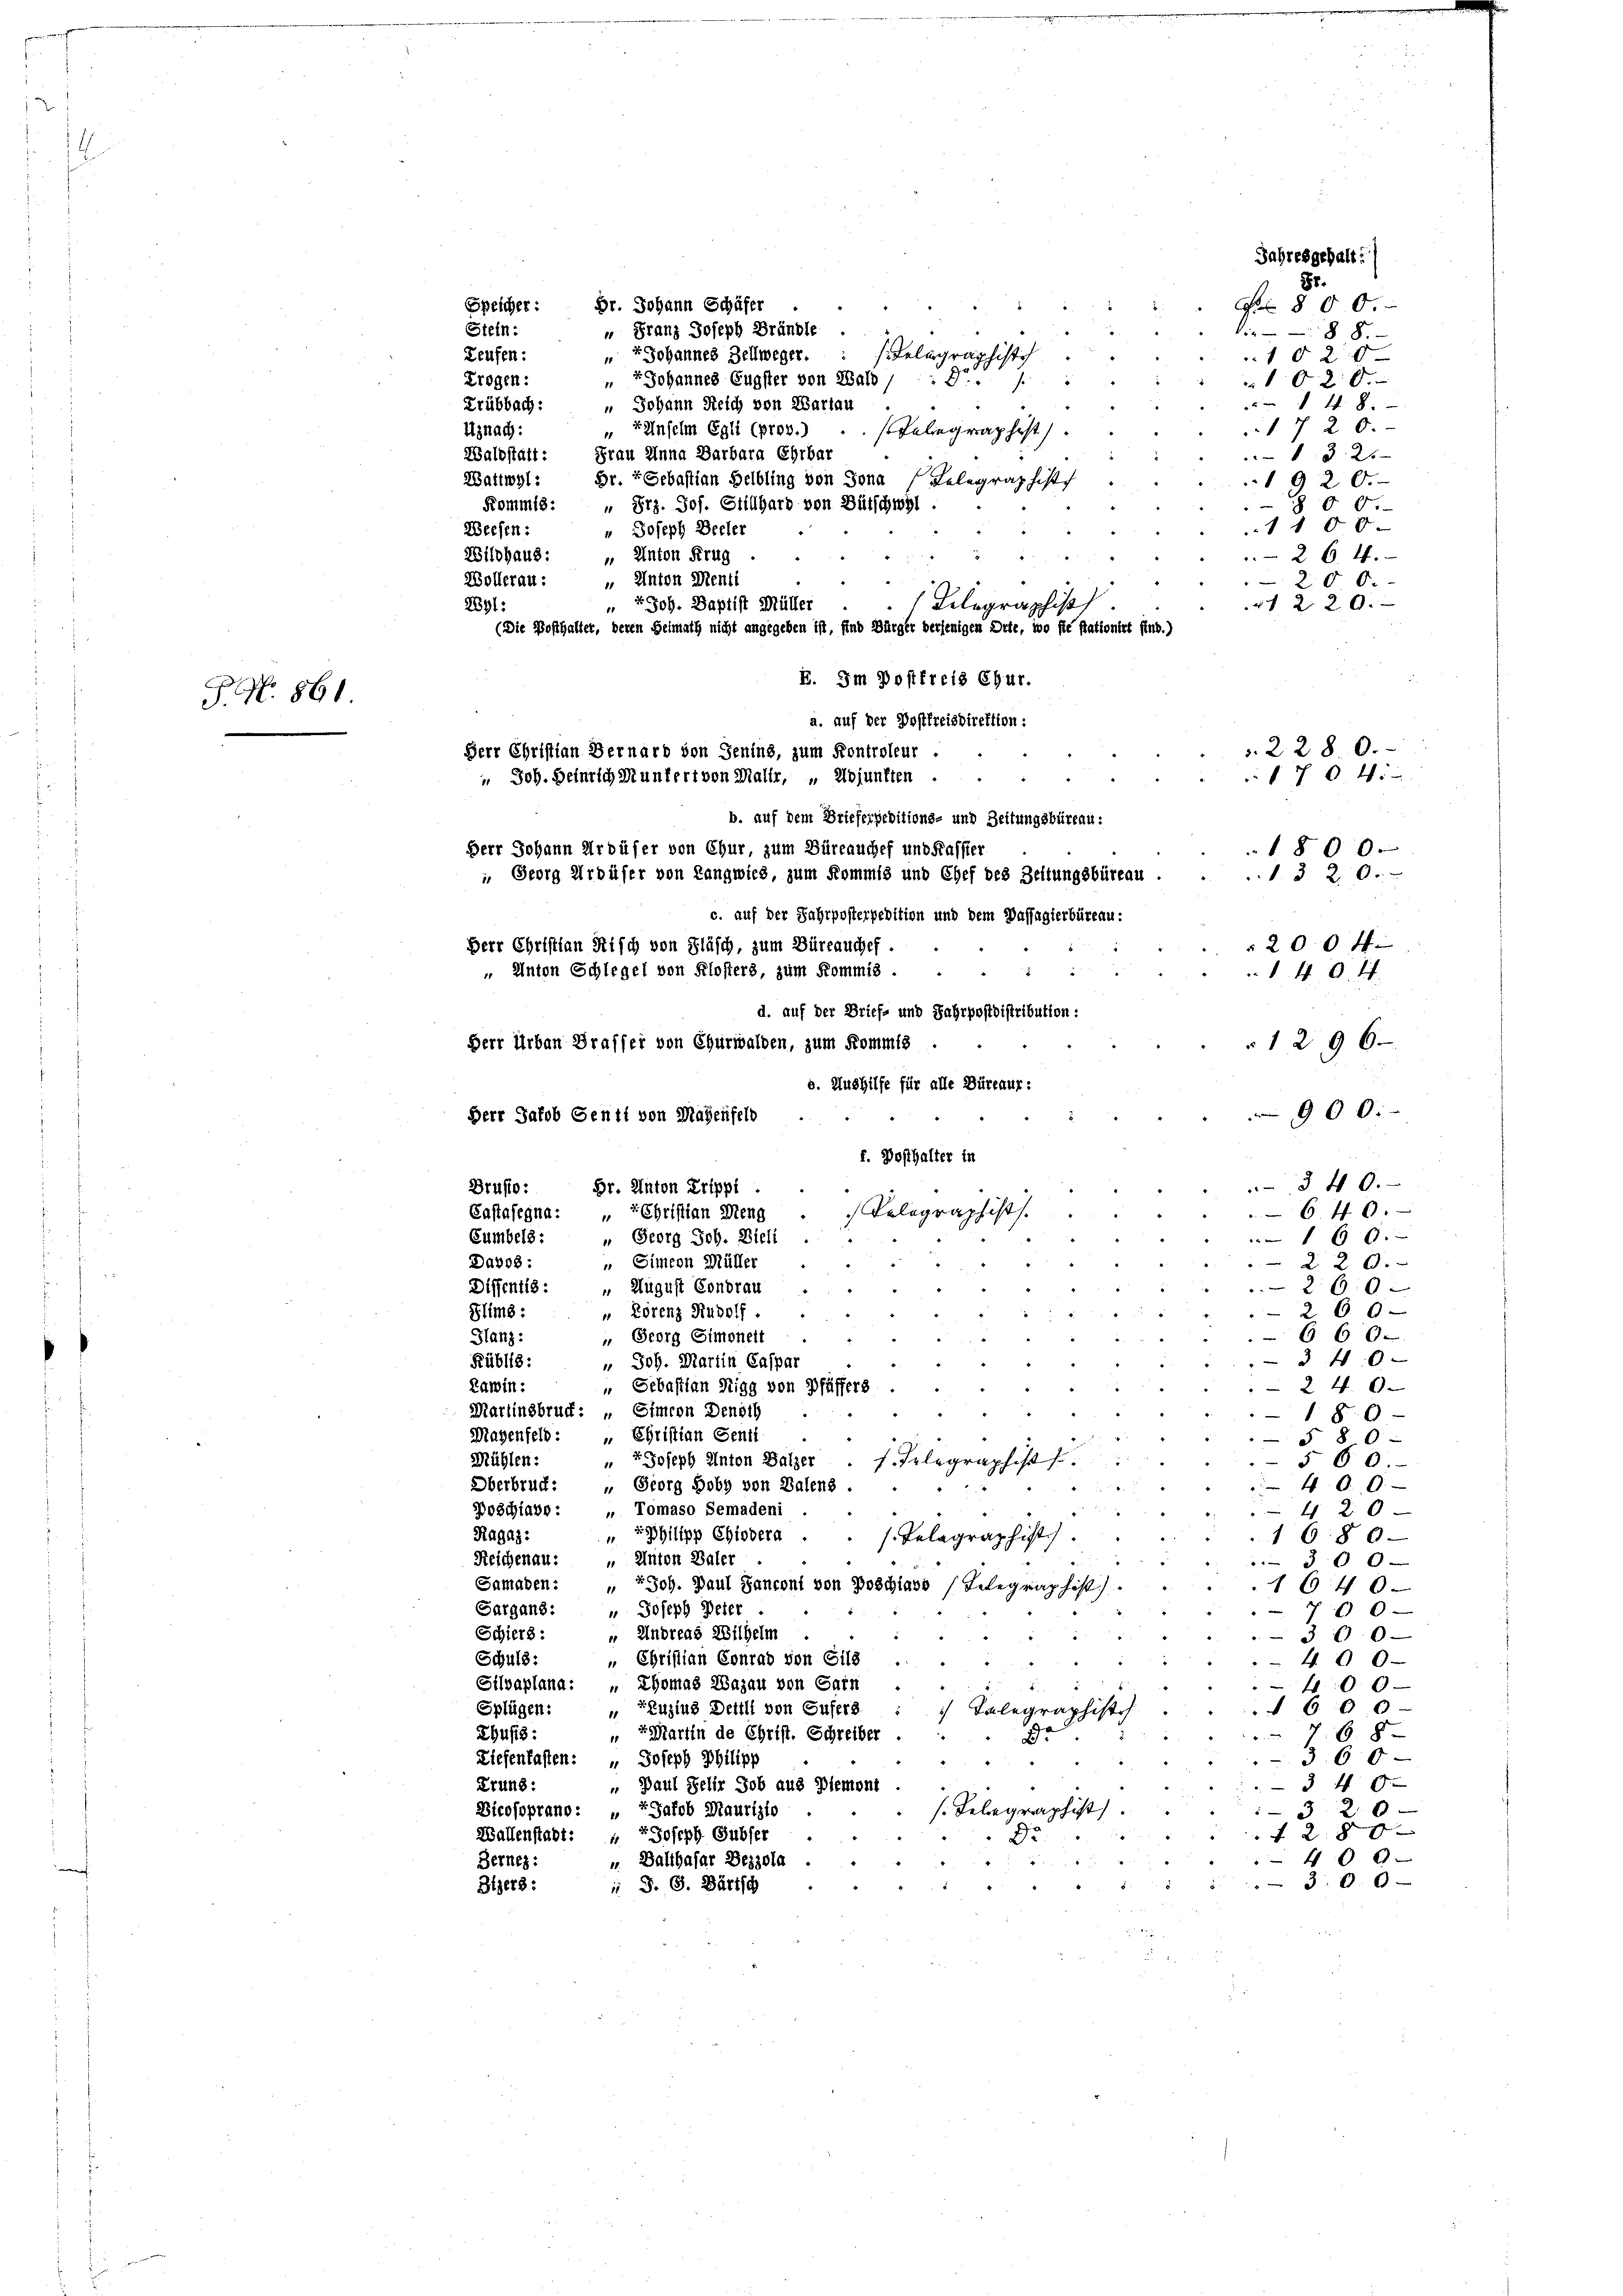
1

S. Nr. 861.

Speicher: Dr. Johann Schäfer
Stein: " Franz Joseph Brändle
88.
seligra
Zeufen: " Johannes Zellweger.
10 2 x
Schiftz
Trogen: " Johannes Eugster von Bald /: 4.
1020.
 48.
Frübbach: Johann Reich von Wartau
1720.
" Einsein Egli prov.) Telegraphist
Uznach:
Waldstätt: Frau Anna Barbara Ehrbar
32
Marmel: Dr. Sebastian Helbling von Jona (Relegraphist
1920.
Kommis: " Frz. Jos. Stillhard von Bütschwyl .
800.
1100.
Weesen: " Joseph Beeler
Wildhaus: " Anton Frag
264.
Wollerau: " Anton Menti
200.
2891:
41220.
1296
900.
Herr Jakob Senti von Magenfeld
340.
Brusio:
Br. Anton Trippi.
Relegraphist.
640.
Castafegna: „ Christian Meng
160.
Cumbels: „ Georg Joh. Bieli
Davos :
„ Simeon Müller
220.
Diffentis: „August Condrau
260
260—
Flims:
" Lorenz Rudolf
660.
 Georg Simonett
Hlanz:
3 40
Fübl18:
 Joh. Martin Caspar
Lawin:
" Sebastian Sigg von Pfäffers
240
Martinsbruck: „ Simeon Denoth
180
Magenfeld: „ Christian Senti
§ 80
Mühlen:
" " Joseph Anton Balzer
f. J.
560.
Oberbruch: „ Georg Hoby von Balens
40. 9
Poschiavo : „ Tomaso Semadeni
420
Ragaz:
PPhilipp Chiovera
1680
1.8.
Reichenau: „Anton Baler
360
Samaden: " Joh. Paul Sanconi von Boschiass
1640
Gargans: " Joseph Peter
0
Schiers:
Undreas Wilhelm
360
Schuld:
„ Christian Conrad von Gils
400
Silvaplana: „ Thomas Wazau von Sarn
466
6 0 0
Splügen: „Zzuzius Dettli von Gufers
Chusis:
""Martin de Christ. Schreiber
68
360
Liefenfassen: " Joseph Philipp
3 40
Krung:
 Paul Felir Job aus Diemont
Bicosoprano: Jakob Maurizio
3 20
1280
Wallenstadt: Joseph Gubser
400
Bernes:
 Balthasar Deszola
30.0
Biers:
 J. G. Bärisch

7Job. Daptist Müller
Telegraphis
(Die Posthalter, deren Heimath nicht angegeben ist, sind Bürger derjenigen Orte, wo sie stationirt sind.)
E. Im Postfreis Chur.
a. auf der Postfreisdirektion:
Herr Christian Bernarb von Jenins, zum Kontroleur.
 Joh. Heinrich muntert von Malle, „Abjunften

b. auf dem Brieferpeditions- und Zeitungsbüreau:
Herr Johann Urdüser von Chur, zum Büreauches und Kassier
 Georg Urbüser von Langwies, zum Kommis und Chef des Zeitungsbüreau.
c. auf der Jahrposterpedition und dem Dassagierbüreau.
Herr Christian Risch von Fläsch, zum Büreauchef.
Anton Schlegel von Klosters, zum Kommis
d. auf der Brief- und Jahrpostdistribution:
Herr Urban Draffer von Churwalden, zum Kommis

f. Dosthalter in

b. Aushilfe für alle Büreaur:

Jahresgehalt)
88.
No 800.

.2280.
1704
1800.
1. 320.

2004
40. 4